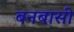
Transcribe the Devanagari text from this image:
बनबासी